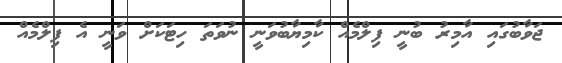
ޖަވާބުގައި އާމިރު ބުނީ ފިލްމެއް ކާމިޔާބުވަނީ ނުވަތަ ހިޓަކަށް ވަނީ އެ ފިލްމެއް